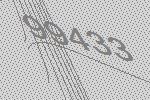
99433